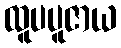
ထူပပူဇာယ